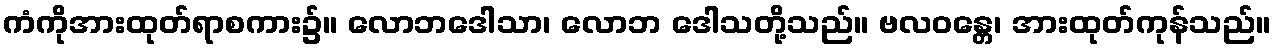
ကံကိုအားထုတ်ရာစကား၌။ လောဘဒေါသာ၊ လောဘ ဒေါသတို့သည်။ ဗလဝန္တေ၊ အားထုတ်ကုန်သည်။